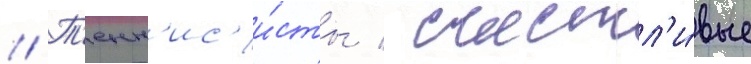
// Т'енн'ис'и́сты / счастл'и́вые